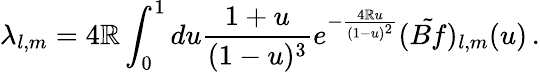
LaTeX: \lambda_{l,m}=4\mathbb{R}\int_{0}^{1}du\frac{{1+u}}{{(1-u)^{3}}}e^{-\frac{{4\mathbb{R}u}}{{(1-u)^{2}}}}(\tilde{{Bf}})_{l,m}(u)\, .